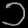
Digit: ၁